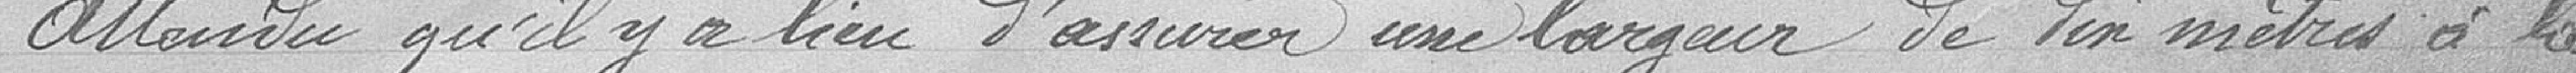
Attendu qu'il y a lieu d'assurer une largeur de dix mètres à la